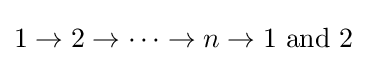
1\to 2\to \dots \to n\to 1{\text{ and }}2